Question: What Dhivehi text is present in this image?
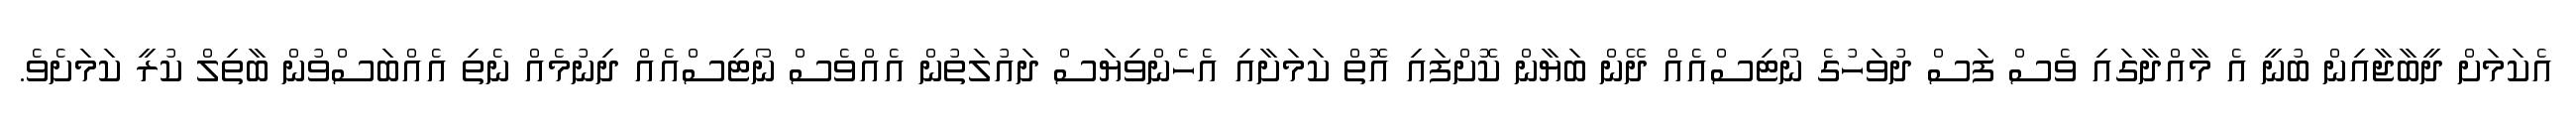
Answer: އެކަމަށް ދީބާޖާއިން ބުނީ އެ މާއްދާގައި ވެސް ފަސް ދުވަހުގެ ނޯޓިސްއެއް ދޭން ބަޔާން ކޮށްފައި އޮތް ކަމަށާއި އެހެންވިޔަސް ދައުލަތުން އެއްވެސް ނޯޓިސްއެއް ދިނުމެއް ނެތި އެއްބަސްވުން ބާތިލް ކުރީ ކަމަށެވެ.